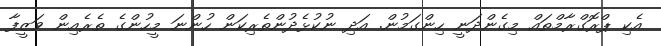
އެކި ޕްރޮގްރާމްތައް މިގެންދަނީ ހިންގަމުން. އަދި ނުކުޅެދުންތެރިކަން ހުންނަ މީހުންގެ ތެރެއިން ވަޒީފާ